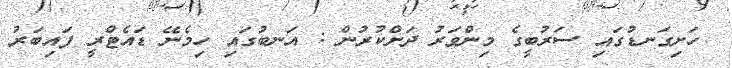
ހަށިގަނޑުގައި ސަރުބީގެ މިންވަރު ދަށްކުރުން : އަނބުގައި ހިމެނޭ ޑައެޓްރީ ފައިބަރު